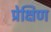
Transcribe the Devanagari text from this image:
प्रेक्षिण